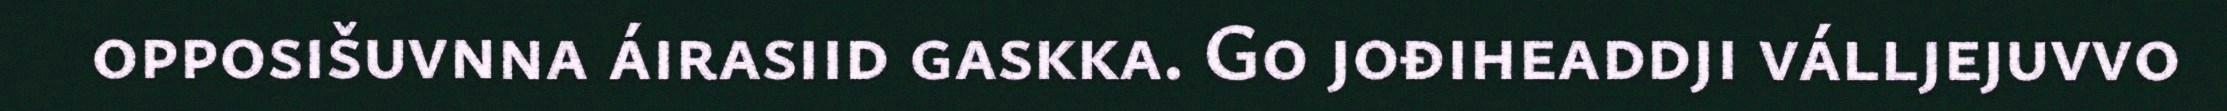
opposišuvnna áirasiid gaskka. Go jođiheaddji válljejuvvo